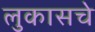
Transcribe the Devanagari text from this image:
लुकासचे